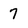
Character: 7